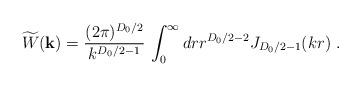
LaTeX: \begin{align*}\widetilde{W}({\bf k})=\frac{ (2 \pi )^{{D_{0}}/2} }{ k^{ {D_{0}}/2 -1 } }\, \int_{0}^{\infty} dr r^{{D_{0}}/2-2}J_{{D_{0}}/2-1} (kr)\; .\end{align*}